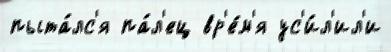
пыта́лс'я па́л'ец вр'е́м'я ус'и́л'ил'и